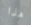
هذا